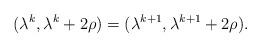
LaTeX: \begin{align*}(\lambda^k, \lambda^k+2\rho)=(\lambda^{k+1}, \lambda^{k+1}+2\rho).\end{align*}